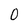
Character: 0